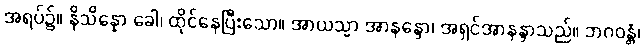
အရပ်၌။ နိသိန္နော ခေါ၊ ထိုင်နေပြီးသော။ အာယသ္မာ အာနန္ဒော၊ အရှင်အာနန္ဒာသည်။ ဘဂဝန္တံ၊